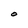
Character: O